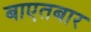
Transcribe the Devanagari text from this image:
बाएतबार